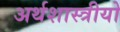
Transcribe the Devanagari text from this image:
अर्थशास्त्रीयो